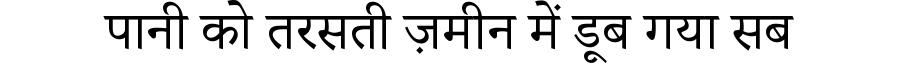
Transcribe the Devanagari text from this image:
पानी को तरसती ज़मीन में डूब गया सब